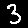
Digit: 3